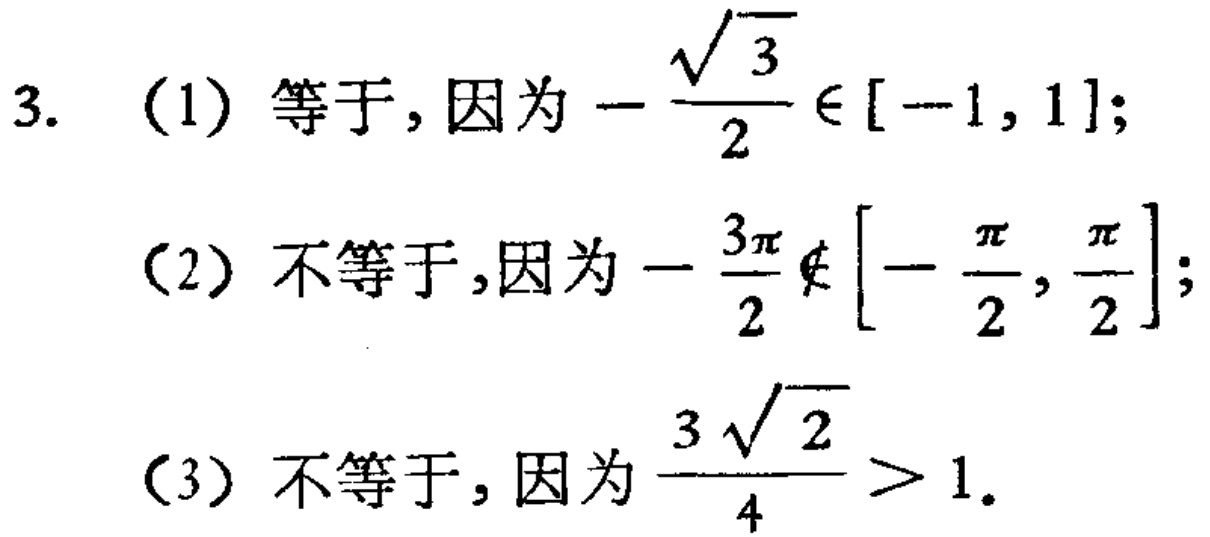
3. （1）等于,因为\(-\frac{\sqrt{3}}{2}\in[-1,1]\);
（2）不等于,因为\(-\frac{3\pi}{2}\notin[-\frac{\pi}{2},\frac{\pi}{2}]\);
（3）不等于,因为\(\frac{3\sqrt{2}}{4}>1\).